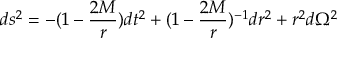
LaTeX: d s ^ { 2 } = - ( 1 - { \frac { 2 M } { r } } ) d t ^ { 2 } + ( 1 - { \frac { 2 M } { r } } ) ^ { - 1 } d r ^ { 2 } + r ^ { 2 } d \Omega ^ { 2 }